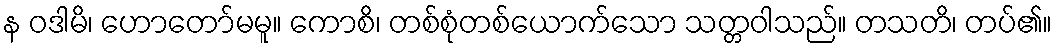
န ဝဒါမိ၊ ဟောတော်မမူ။ ကောစိ၊ တစ်စုံတစ်ယောက်သော သတ္တဝါသည်။ တသတိ၊ တပ်၏။